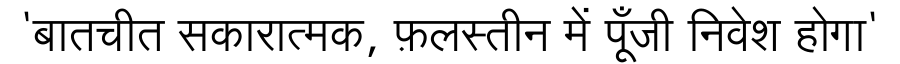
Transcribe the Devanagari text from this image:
'बातचीत सकारात्मक, फ़लस्तीन में पूँजी निवेश होगा'